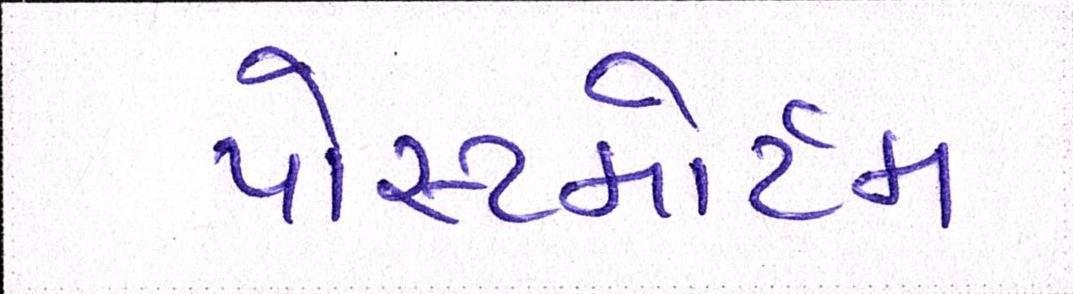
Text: પોસ્ટમોર્ટમ